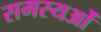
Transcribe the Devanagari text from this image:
समस्यओं